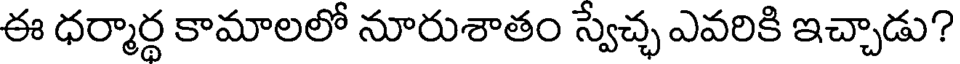
ఈ ధర్మార్థ కామాలలో నూరుశాతం స్వేచ్ఛ ఎవరికి ఇచ్చాడు?